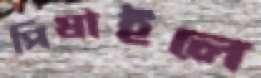
পিষাইলে